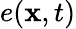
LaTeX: e(\mathbf{x},t)